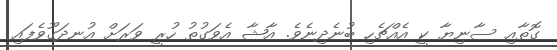
ގޮތާއި ސާނިޔާ ކީ އެއްޗެހި ބުނެދިނެވެ. އާޝާ އެވަގުތު ހުރީ ވަރަށް އުނދަގޫވެފައި